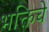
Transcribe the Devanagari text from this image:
भक्तिचे